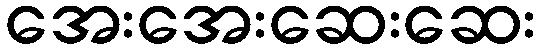
အေးအေးဆေးဆေး